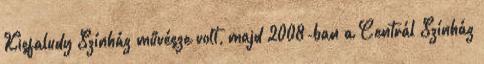
Kisfaludy Színház művésze volt, majd 2008-ban a Centrál Színház